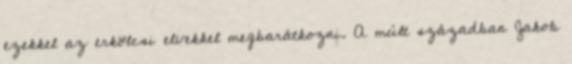
ezekkel az erkölcsi elvekkel megbarátkozni. A múlt században Jakob